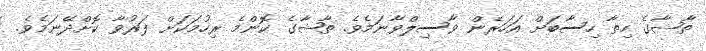
ތާޝާގެ ހިތާ ހިސާބަށް އަހަރެން ވާސިލްވާނަމެވެ. ތާޝާގެ ކޮންމެ ރިހުމަކަށް ފަރުވާ ކޮށްދޭނަމެވެ.